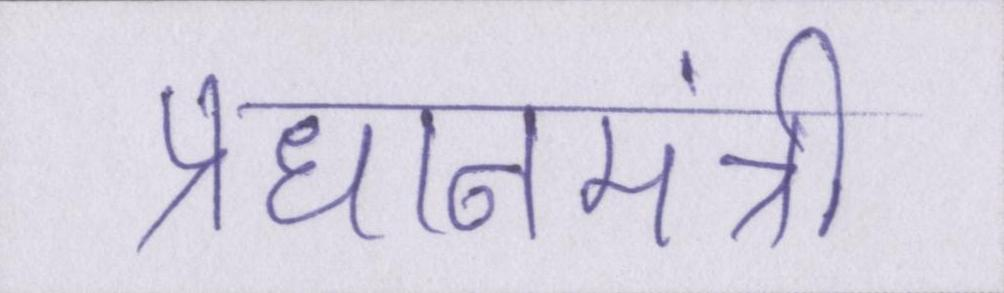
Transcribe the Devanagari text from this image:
प्रधानमंत्री